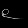
Digit: ၉